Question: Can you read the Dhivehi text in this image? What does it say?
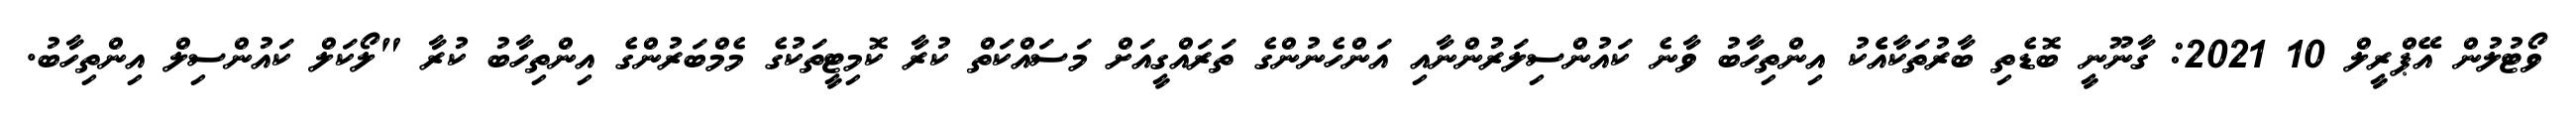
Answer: ވޯޓުލުން އޭޕްރީލް 10 2021: ގާނޫނީ ބޮޑެތި ބާރުތަކާއެެކު އިންތިހާބު ވާނެ ކައުންސިލަރުންނާއި އަންހެނުންގެ ތަރައްގީއަށް މަސައްކަތް ކުރާ ކޮމިޓީތަކުގެ މެމްބަރުންގެ އިންތިހާބު ކުރާ "ލޯކަލް ކައުންސިލް އިންތިހާބު.